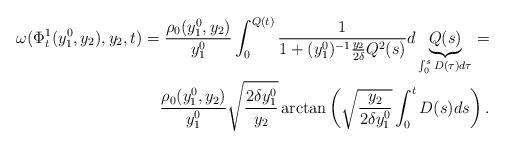
LaTeX: \begin{align*}\omega(\Phi_t^1(y_1^0,y_2),y_2,t)=\frac{\rho_0(y_1^0,y_2)}{y_1^0}\int_0^{Q(t)} \frac{1}{1+(y_1^0)^{-1}\frac{y_2}{2\delta}Q^2(s)}d\underbrace{Q(s)}_{\int_0^s D(\tau)d\tau}= \\\frac{\rho_0(y_1^0,y_2)}{y_1^0}\sqrt{\frac{2\delta y_1^0}{y_2}}\arctan\left(\sqrt{\frac{y_2}{2\delta y_1^0}}\int_0^t D(s)ds\right).\end{align*}